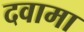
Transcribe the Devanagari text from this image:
दवामा